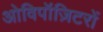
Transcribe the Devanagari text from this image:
ओविपॉज़िटरों